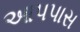
આપપાસ